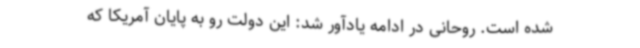
شده است. روحانی در ادامه یادآور شد: این دولت رو به پایان آمریکا که